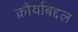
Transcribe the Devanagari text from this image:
क्रौर्याबद्दल